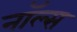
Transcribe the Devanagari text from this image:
नॉल्स